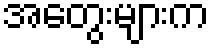
အတွေးများက